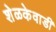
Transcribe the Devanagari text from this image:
शेळकेवाडी